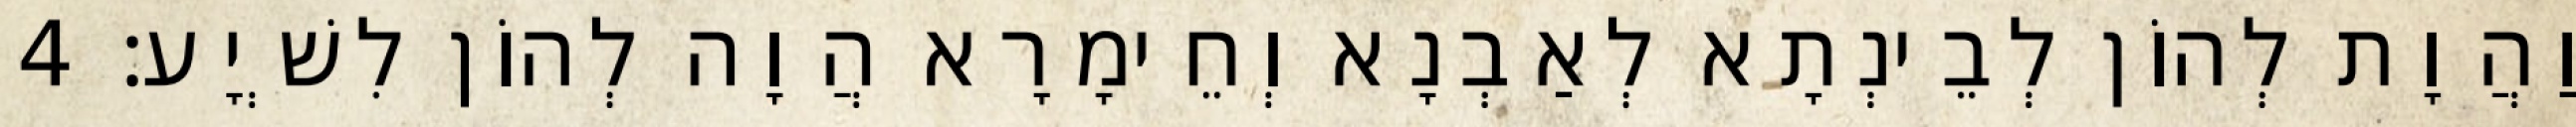
וַהֲוָת לְהוֹן לְבֵינְתָא לְאַבְנָא וְחֵימָרָא הֲוָה לְהוֹן לִשְׁיָע׃ 4